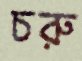
চরু